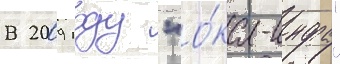
В 2009 году "о́ка-инфо"